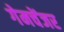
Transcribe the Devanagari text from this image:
गेमचेंजर